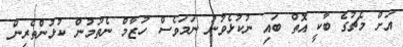
އަށް މެޗުގެ ބާކީ އޮތް ބައި ނުކުޅެވުނު ނަމަވެސް ހުޒާމް ނެތުމުން ކުޅުންތެރިން